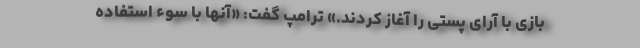
بازی با آرای پستی را آغاز کردند.» ترامپ گفت: «آنها با سوء استفاده